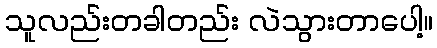
သူလည်းတခါတည်း လဲသွားတာပေါ့။